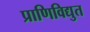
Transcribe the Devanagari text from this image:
प्राणिविद्युत